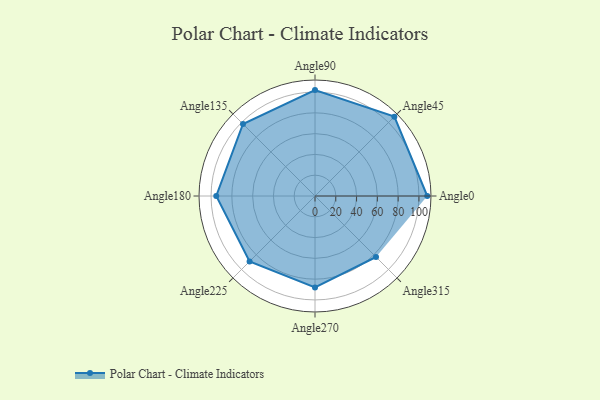
{"axis": {"x": "Angle", "y": "Radius"}, "legend": [""], "data": [{"x": "Angle0", "y": 108.0, "type": ""}, {"x": "Angle45", "y": 108.0, "type": ""}, {"x": "Angle90", "y": 102.0, "type": ""}, {"x": "Angle135", "y": 98.0, "type": ""}, {"x": "Angle180", "y": 95.0, "type": ""}, {"x": "Angle225", "y": 89.0, "type": ""}, {"x": "Angle270", "y": 88.0, "type": ""}, {"x": "Angle315", "y": 83.0, "type": ""}]}